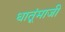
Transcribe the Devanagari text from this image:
धातूंमाजी